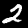
Label: 2